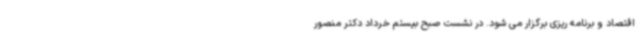
اقتصاد و برنامه ریزی برگزار می شود. در نشست صبح بیستم خرداد دکتر منصور